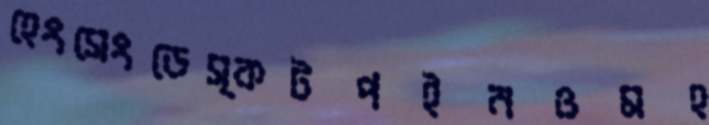
হেংসেংডেস্কটপইনওমহ